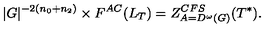
| G | ^ { - 2 ( n _ { 0 } + n _ { 2 } ) } \times F ^ { A C } ( L _ { T } ) = Z _ { A = D ^ { \omega } ( G ) } ^ { C F S } ( T ^ { \ast } ) .